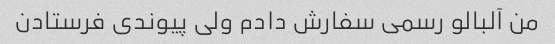
من آلبالو رسمى سفارش دادم ولى پیوندى فرستادن